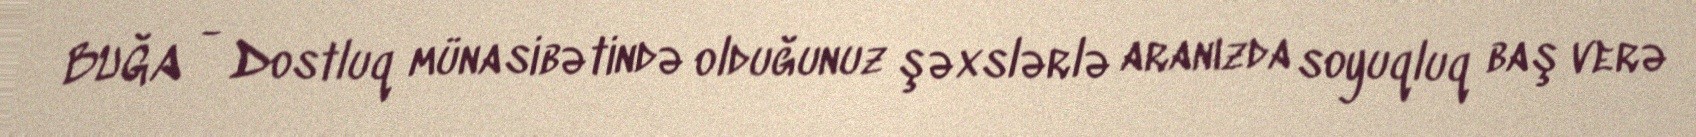
BUĞA - Dostluq münasibətində olduğunuz şəxslərlə aranızda soyuqluq baş verə